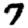
Digit: 7